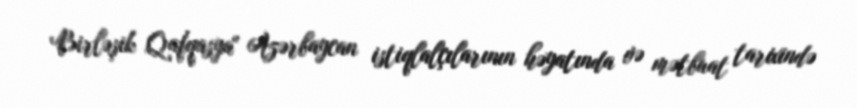
Birləşik Qafqasya" Azərbaycan istiqlalçılarının həyatında və mətbuat tarixində